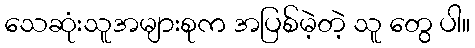
သေဆုံးသူအများစုက အပြစ်မဲ့တဲ့ သူ တွေ ပါ။